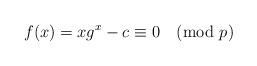
LaTeX: \begin{align*}f(x)=xg^x-c \equiv 0 \pmod{p}\end{align*}